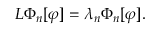
{ \cal L } \Phi _ { n } [ \varphi ] = \lambda _ { n } \Phi _ { n } [ \varphi ] .